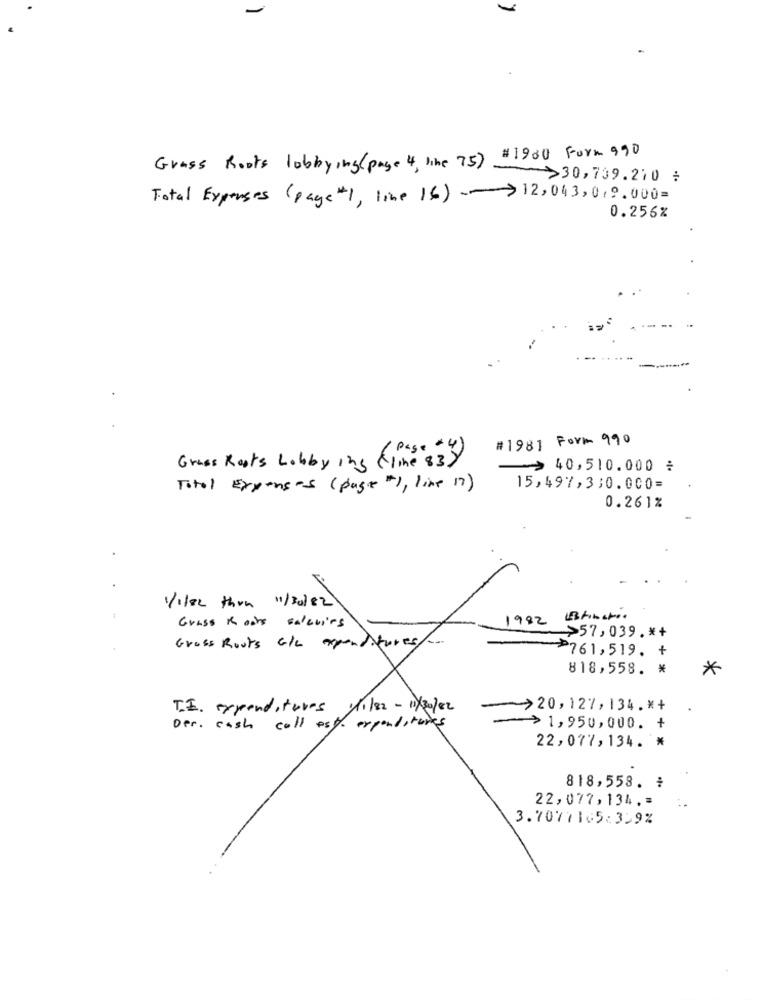
Grass Roots lobbying(page 4, line 75) #1900 Form 990
>30,739.210 :
Total Expenses (page "1, line 16) -> 12,043,019. 000=
0.256%
#1981 Form 990
Grass Roots Lobby ing (like 83 )
>40,510.000 :
Total Expenses (page "), line 17)
15,497,330.000=
0.261%
1/iler than 11/30/82
1982 Estinchio
Grass Roots salcuirs
>57,039 .* +
Grass Roots c/c expenditures/ ...
761,519. +
818,558. *
*
T.E. expenditures 1/1/82 - 11/30/82
-> 20,127,134. * +
Der. cash call est. expenditures
>1,950,000. +
22,077,134. *
818,558.
22,077,134 .=
3.7077165:359%